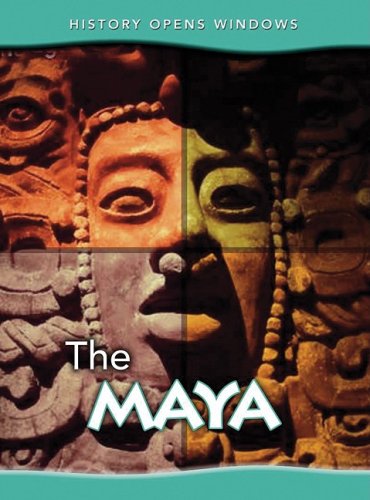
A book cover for The Maya (History Opens Windows); Jane Shuter; Children's Books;